Report on the working of the mental hospitals for Indians in Bihar and Orissa - 1925-1929
Year: 1925
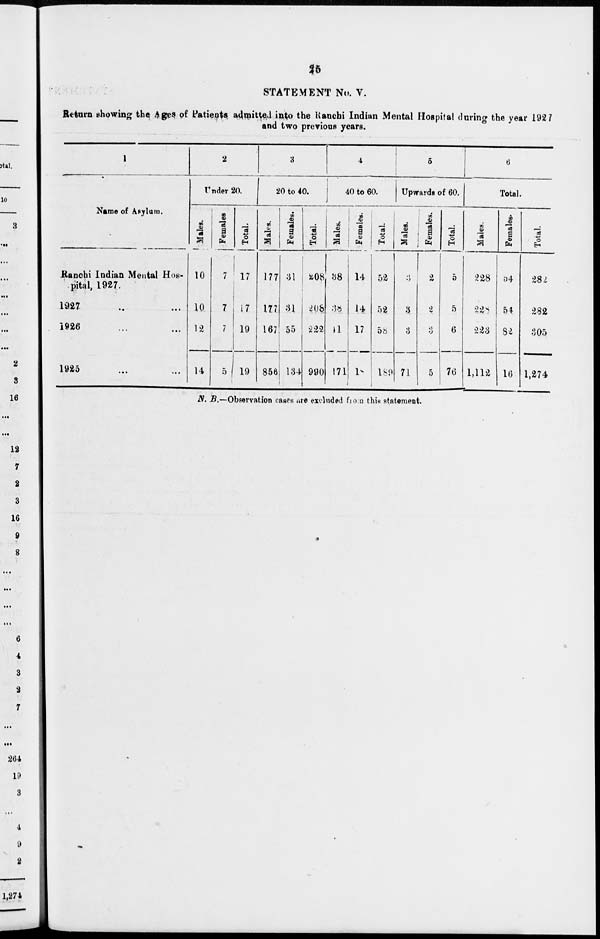
25
STATEMENT No. V.
Return showing the Ages of Patients admitted into the Ranchi Indian Mental Hospital during the year 1927
and two previous years.
1
Name of Asylum.
Ranchi Indian Mental Hos-
pital, 1927.
1927 ... ...
1926 ... ...
1925 ... ...
2
Under 20.
Males.
10
10
12
14
Females.
7
7
7
5
Total.
17
17
19
19
3
20 to 40.
Males.
177
177
167
856
Females.
31
31
55
134
Total.
208
208
222
990
4
40 to 60.
Males.
38
38
41
171
Females.
14
14
17
18
Total.
52
52
58
189
5
Upwards of 60.
Males.
3
3
3
71
Females.
2
2
3
5
Total.
5
5
6
76
6
Total.
Males.
228
228
223
1,112
Females.
54
54
82
16
Total.
282
282
305
1,274
N. B.—Observation cases are excluded from this statement.